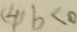
( 4 ) b < 0